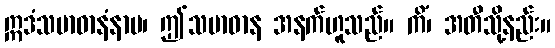
ဣဒံသမာဓာနံနာမ၊ ဤသမာဓာန အနက်ဟူသည်။ ကိံ၊ အတီသို့နည်း။